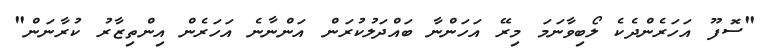
"ސޮފޫ އަހަރެންދެކެ ލޯބިވާނަމަ މިރޭ އަހަންނާ ބައްދަލުކުރަން އަންނާނެ އަހަރެން އިންތިޒާރު ކުރާނަން"